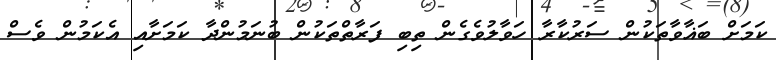
ކަމަށް ބަޣާވާތަކުން ސަރުކާރާ ހަވާލުވެގެން ތިބި ފަރާތްތަކުން ބުނަމުންދާ ކަމަށާއި އެކަމުން ވެސް